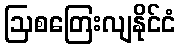
ဩစတြေးလျနိုင်ငံ